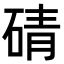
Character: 碃